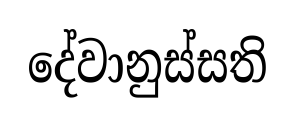
දේවානුස්සති